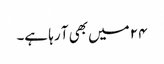
۲۴ میں بھی آ رہا ہے۔